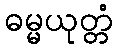
ဓမ္မယုတ္တံ